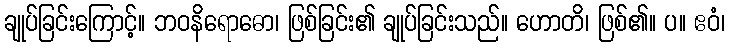
ချုပ်ခြင်းကြောင့်။ ဘဝနိရောဓော၊ ဖြစ်ခြင်း၏ ချုပ်ခြင်းသည်။ ဟောတိ၊ ဖြစ်၏။ ပ။ ဧဝံ၊